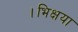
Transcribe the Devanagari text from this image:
।भिक्षया